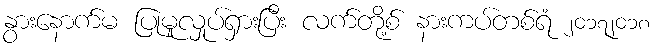
နွားနောက်မ ပြုမူလှုပ်ရှားပြီး လက်တို့စ် နားကပ်တစ်ရံ ၂၀၁၇၂၀၁၈